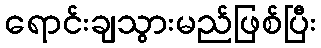
ရောင်းချသွားမည်ဖြစ်ပြီး